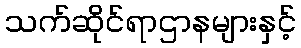
သက်ဆိုင်ရာဌာနများနှင့်